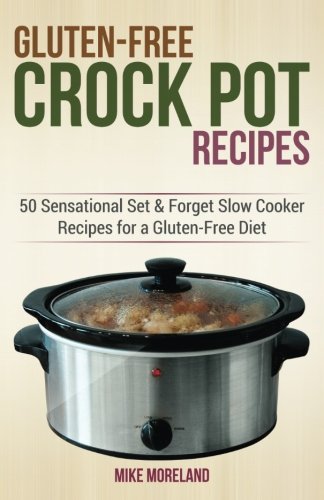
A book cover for Gluten-Free Crock Pot Recipes: 50 Sensational Set & Forget Slow Cooker Recipes for a Gluten-Free Diet (Gluten-Free Made Easy) (Volume 2); Mike Moreland; Health, Fitness & Dieting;